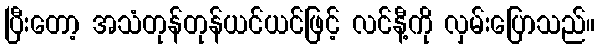
ပြီးတော့ အသံတုန်တုန်ယင်ယင်ဖြင့် လင်နီ့ကို လှမ်းပြောသည်။